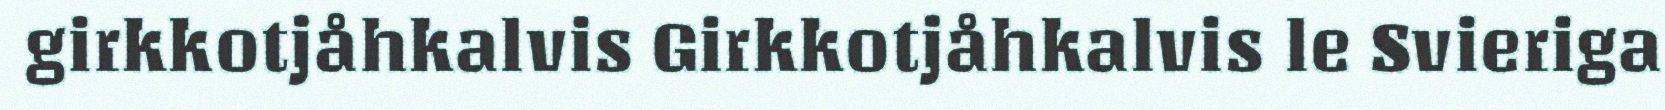
girkkotjåhkalvis Girkkotjåhkalvis le Svieriga